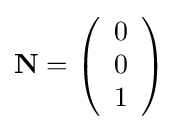
\mathbf {N} =\left({\begin{array}{c}0\\0\\1\end{array}}\right)